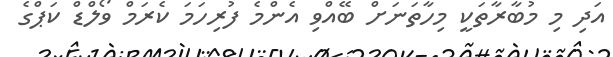
އަދި މި މުބާރާތަކީ މިހާތަނަށް ބޭއްވި އެންމެ ފުރިހަމަ ކެރަމް ވޯލްޑް ކަޕްގެ